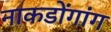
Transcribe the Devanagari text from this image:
नाकडोंगांग